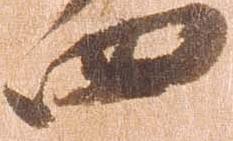
四